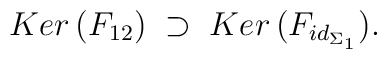
Ker\,(F_{12})\; \supset\; Ker\,(F_{id_{\Sigma_1}}) .